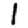
Digit: 1